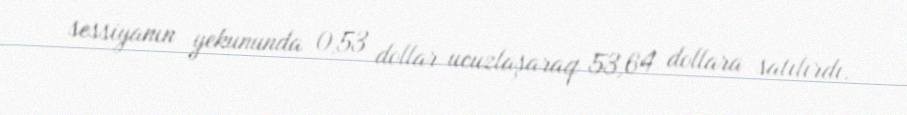
sessiyanın yekununda 0,53 dollar ucuzlaşaraq 53,64 dollara satılırdı.